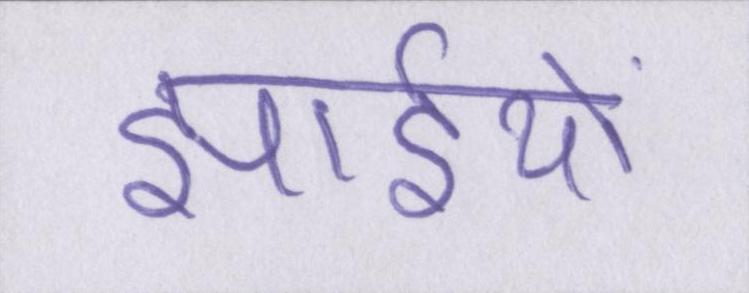
झाईयों